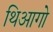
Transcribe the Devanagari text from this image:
थिआगो